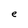
Character: e